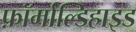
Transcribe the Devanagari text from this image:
फ़ॉर्माल्डिहाइड